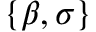
\{ \beta , \sigma \}